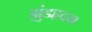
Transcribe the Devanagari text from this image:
झुंडहृदय